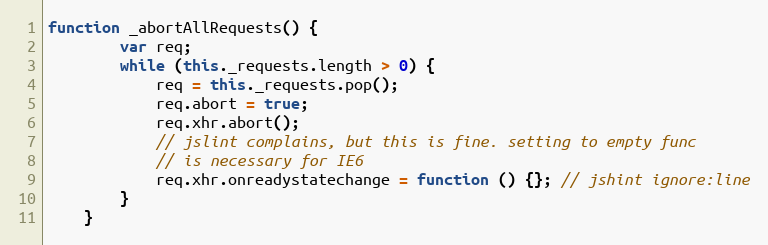
Language: JavaScript
function _abortAllRequests() {
        var req;
        while (this._requests.length > 0) {
            req = this._requests.pop();
            req.abort = true;
            req.xhr.abort();
            // jslint complains, but this is fine. setting to empty func
            // is necessary for IE6
            req.xhr.onreadystatechange = function () {}; // jshint ignore:line
        }
    }